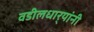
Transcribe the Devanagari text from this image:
वडीलधार्‍यांनी